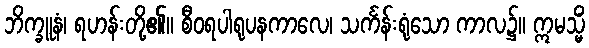
ဘိက္ခူနံ၊ ရဟန်းတို့၏။ စီဝရပါရုပနကာလေ၊ သင်္ကန်းရုံသော ကာလ၌။ ဣမသ္မိံ